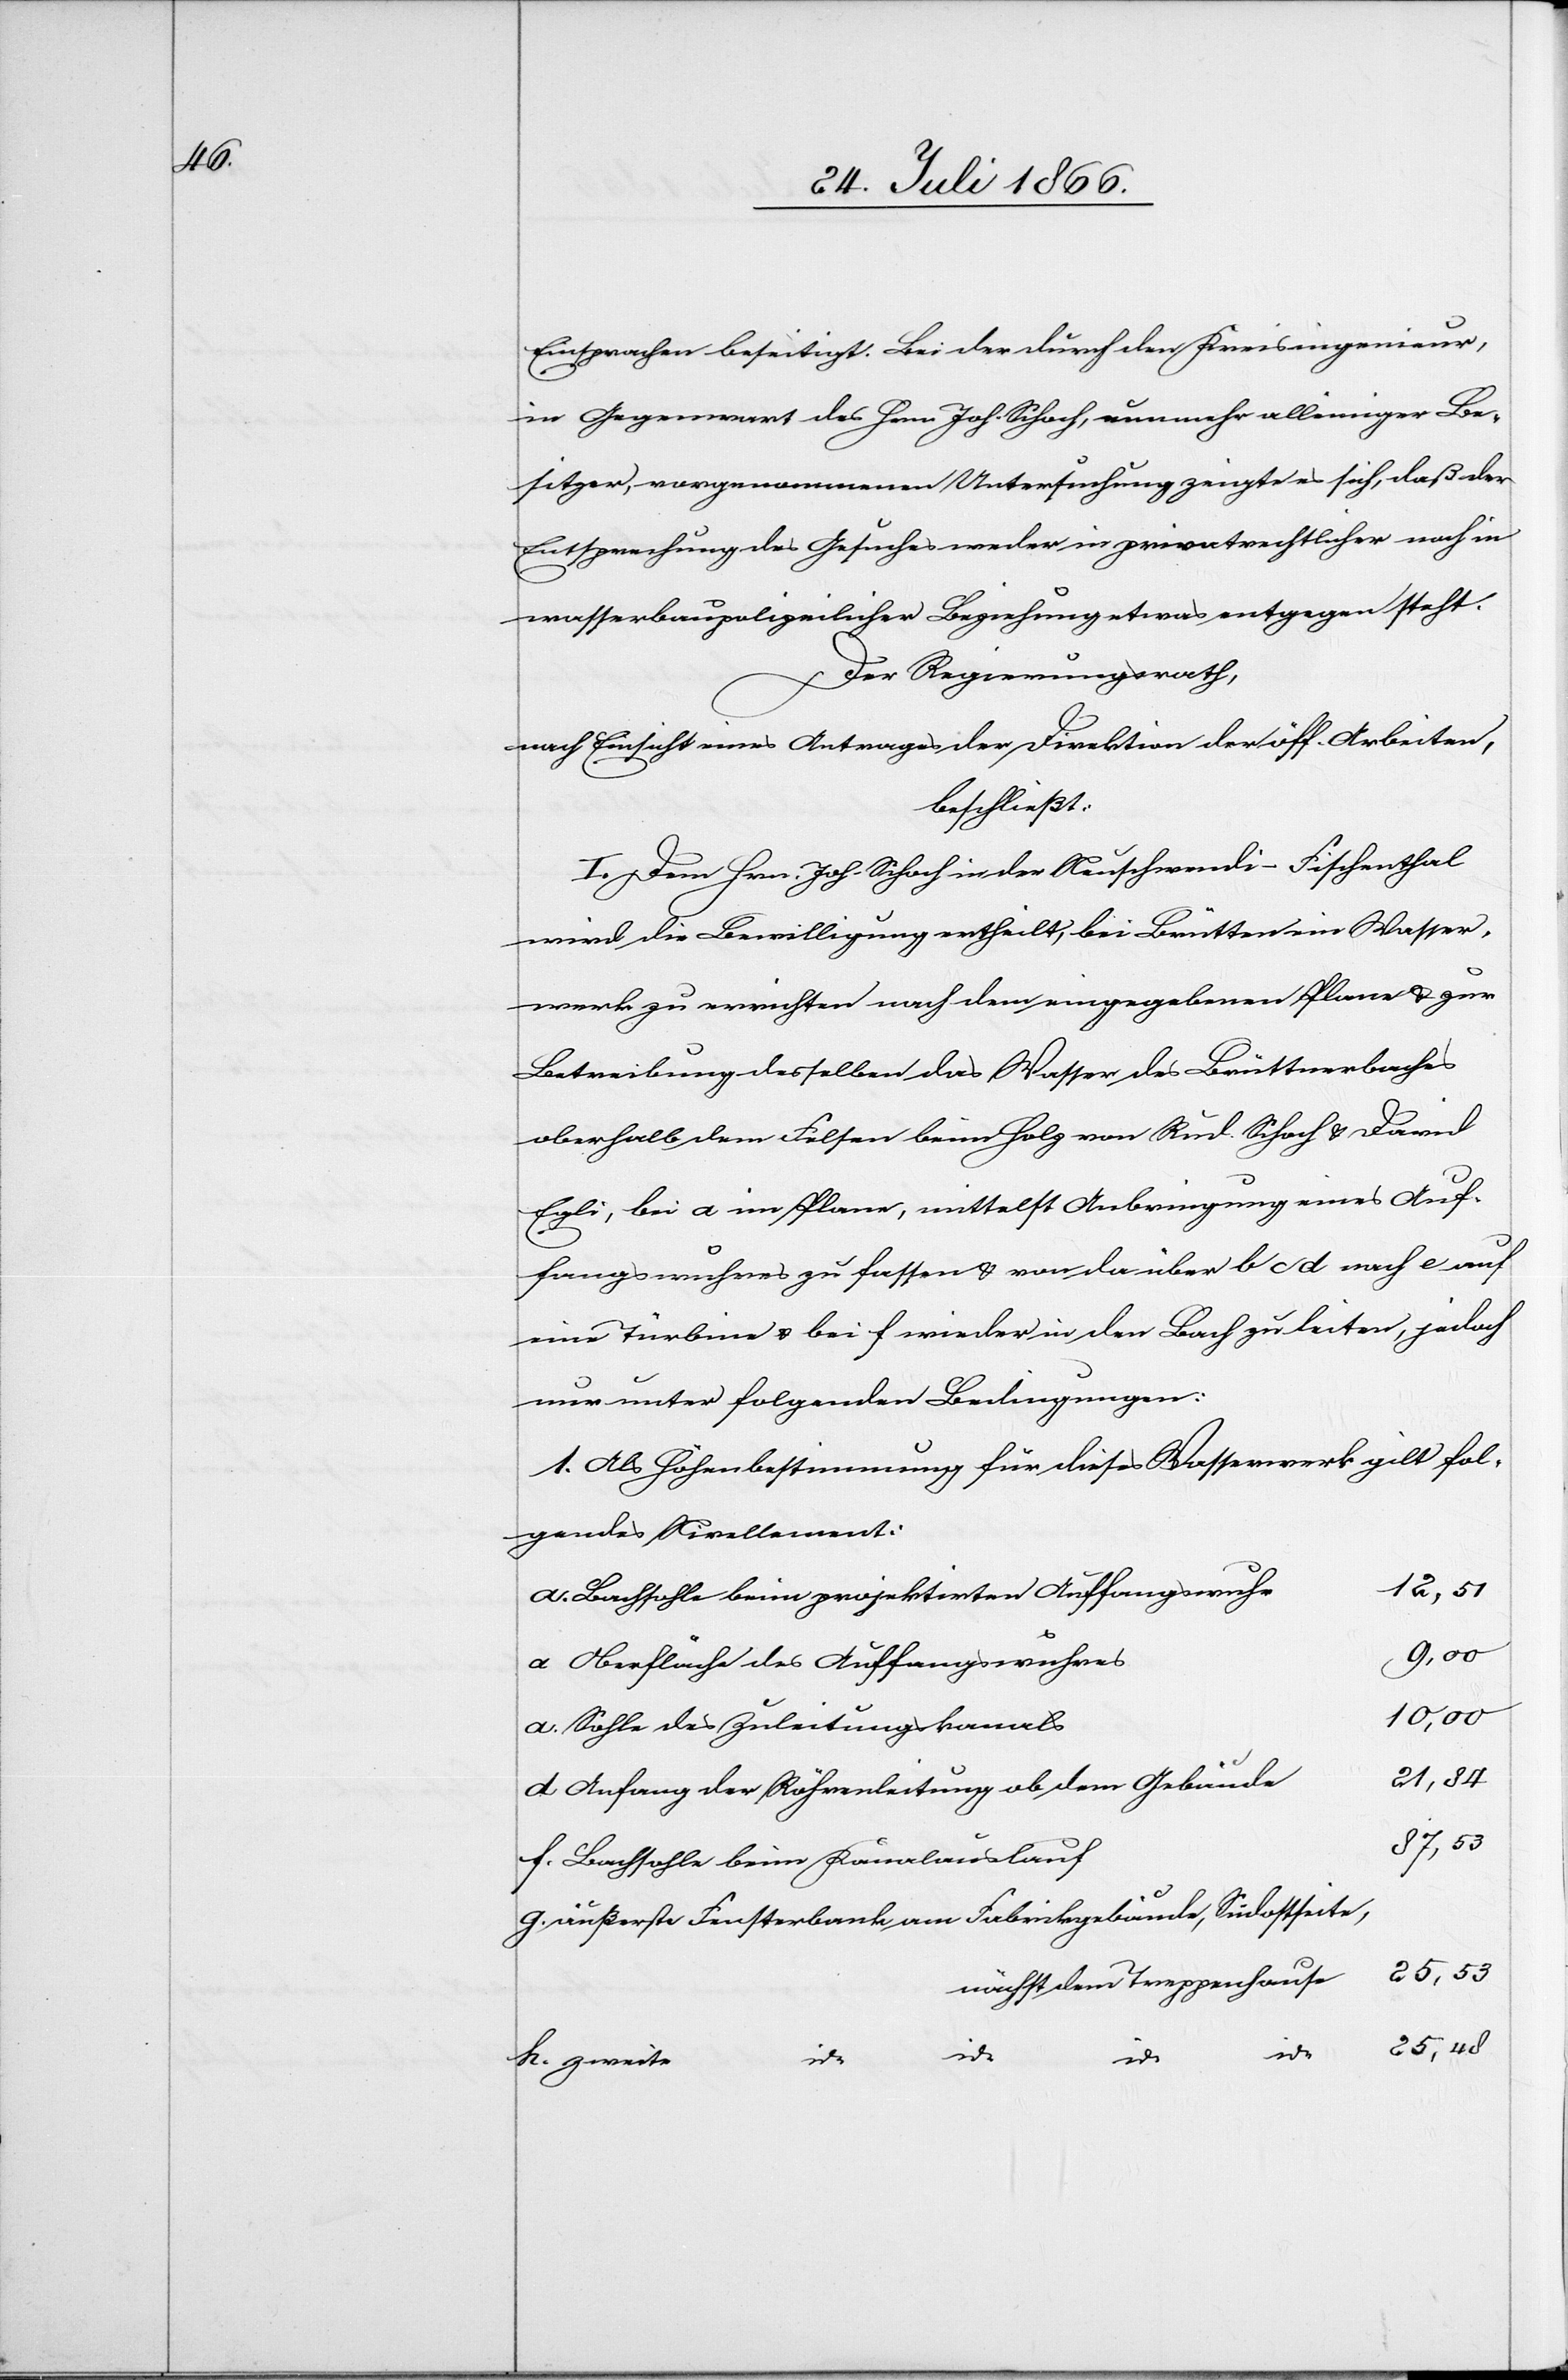
Einsprachen beseitigt. Bei der durch den Kreisingenieur
in Gegenwart des Hrn Joh. Schoch, nunmehr alleinigen Be¬
sitzer, vorgenommenen Untersuchung zeigte es sich, daß der
Entsprechung des Gesuches weder in privatrechtlicher noch in
wasserbaupolizeilicher Beziehung etwas entgegensteht.
Der Regierungsrath,
nach Einsicht eines Antrages der Direktion der öff. Arbeiten,
beschließt:
I. Dem Hrn. Joh. Schoch in der Neuschwendi-Fischenthal
wird die Bewilligung ertheilt, bei Brütten ein Wasser¬
werk zu errichten nach dem eingegebenen Plane u. zur
Betreibung desselben das Wasser des Brüttenerbaches
oberhalb dem Felsen beim Holz von Rud. Schoch u. David
Egli, bei a im Plane, mittelst Anbringung eines Auf¬
fangswuhres zu fassen u. von da über b c d nach e auf
eine Türbine u. bei f wieder in den Bach zu leiten, jedoch
nur unter folgenden Bedingungen:
1. Als Höhenbestimmung für dieses Wasserwerk gilt fol¬
gendes Nivellement:
12,51
Bachsohle beim projektirten Auffangswuhr
9,00
Oberfläche des Auffangswuhres
10,00
Sohle des Zuleitungskanals
21,34
Anfang der Röhrenleitung ob dem Gebäude
37,53
Bachsohle beim Kanalauslauf
äußerste Fensterbank am Fabrikgebäude, Südostseite,
25,53
nächst dem Treppenhause
25,48
id: